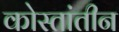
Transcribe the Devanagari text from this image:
कोस्तांतीन